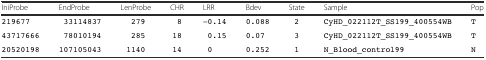
<table><thead><tr><td><b>IniProbe</b></td><td><b>EndProbe</b></td><td><b>LenProbe</b></td><td><b>CHR</b></td><td><b>LRR</b></td><td><b>Bdev</b></td><td><b>State</b></td><td><b>Sample</b></td><td><b>Pop</b></td></tr></thead><tbody><tr><td>219677</td><td>33114837</td><td>279</td><td>8</td><td>−0.14</td><td>0.088</td><td>2</td><td>CyHD_022112T_SS199_400554WB</td><td>T</td></tr><tr><td>43717666</td><td>78010194</td><td>285</td><td>18</td><td>0.15</td><td>0.07</td><td>3</td><td>CyHD_022112T_SS199_400554WB</td><td>T</td></tr><tr><td>20520198</td><td>107105043</td><td>1140</td><td>14</td><td>0</td><td>0.252</td><td>1</td><td>N_Blood_control99</td><td>N</td></tr></tbody></table>